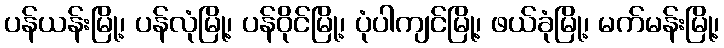
ပန်ယန်းမြို့၊ ပန်လုံမြို့၊ ပန်ဝိုင်မြို့၊ ပုံပါကျင်မြို့၊ ဖယ်ခုံမြို့၊ မက်မန်းမြို့၊